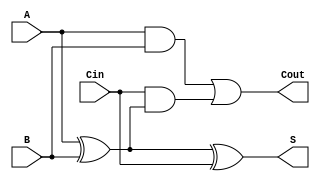
module async_full_adder (
    input wire A,      // First input bit
    input wire B,      // Second input bit
    input wire Cin,    // Carry input
    output wire S,     // Sum output
    output wire Cout   // Carry output
);

    // Intermediate signals
    wire AxorB;

    // Sum output calculation
    assign AxorB = A ^ B;      // A XOR B
    assign S = AxorB ^ Cin;    // S = (A XOR B) XOR Cin

    // Carry output calculation
    assign Cout = (A & B) | (Cin & AxorB); // Cout = (A AND B) OR (Cin AND (A XOR B))

endmodule